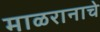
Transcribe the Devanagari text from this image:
माळरानाचे